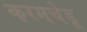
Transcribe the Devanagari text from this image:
करमचेडू